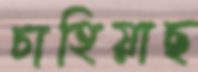
চাহিয়াছ